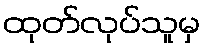
ထုတ်လုပ်သူမှ